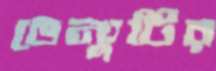
ভেন্যুটির